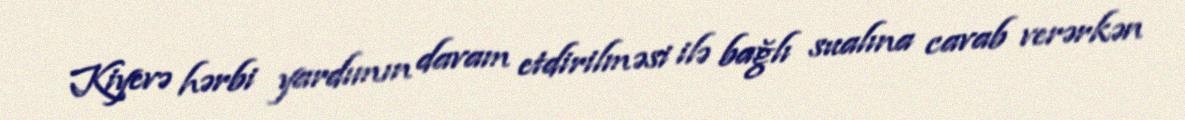
Kiyevə hərbi yardımın davam etdirilməsi ilə bağlı sualına cavab verərkən